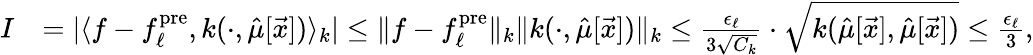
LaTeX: \begin{array}{rl}{I}&{=|\langle f-{f_{\ell}^{\mathrm{pre}}},k(\cdot,\hat{\mu}[\vec{x}])\rangle_{k}|\leq\| f-{f_{\ell}^{\mathrm{pre}}}\| _{k}\| k(\cdot,\hat{\mu}[\vec{x}])\| _{k}\leq\frac{\epsilon_{\ell}}{3\sqrt{C_{k}}}\cdot\sqrt{k(\hat{\mu}[\vec{x}],\hat{\mu}[\vec{x}])}\leq\frac{\epsilon_{\ell}}{3},}\end{array}